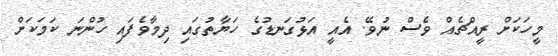
މީހަކަށް ރީއްޗެއް ވެސް ނުވޭ. އެއީ އަޅުގަނޑުގެ ހަޔާތުގައި ދިމާވެފައި ހުންނަ ކަމަކަށް